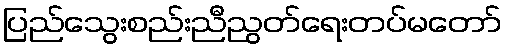
ပြည်သွေးစည်းညီညွတ်ရေးတပ်မတော်